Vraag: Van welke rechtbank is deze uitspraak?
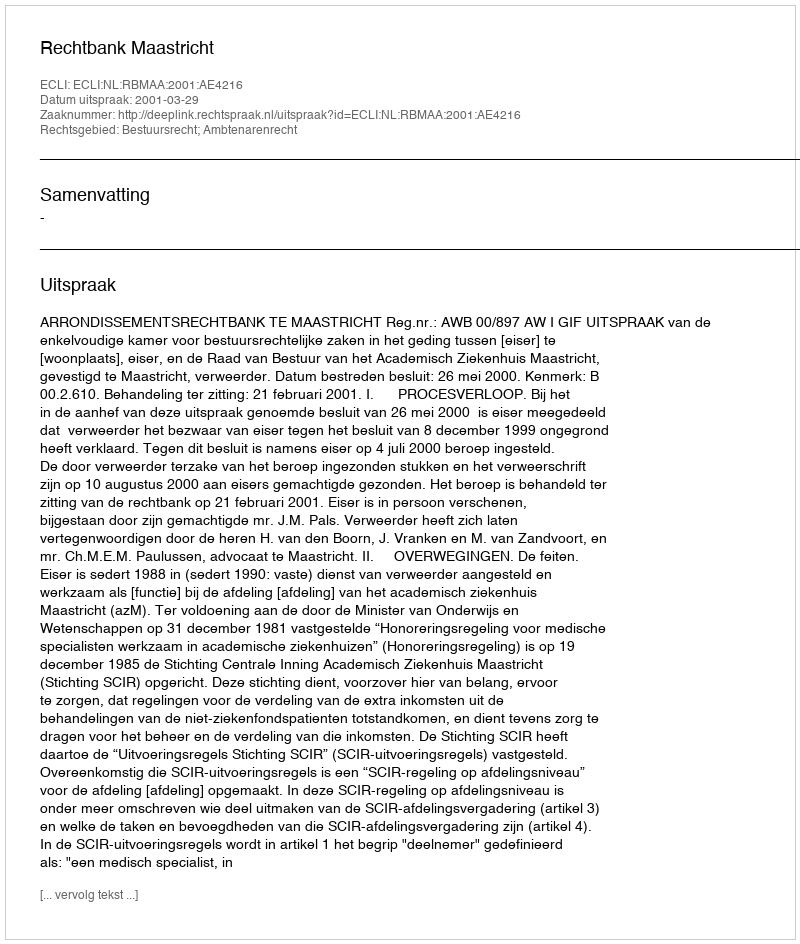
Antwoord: Rechtbank Maastricht